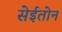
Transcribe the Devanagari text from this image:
सेईतोन